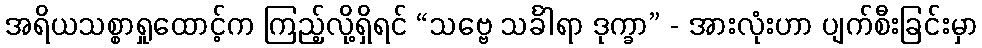
အရိယသစ္စာရှုထောင့်က ကြည့်လို့ရှိရင် “သဗ္ဗေ သင်္ခါရာ ဒုက္ခာ” - အားလုံးဟာ ပျက်စီးခြင်းမှာ